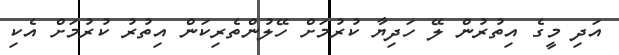
އަދި މީގެ އިތުރުން ލޭ ހަދިޔާ ކުރުމަށް ހޭލުންތެރިކަން އިތުރު ކުރުމަށް އެކި